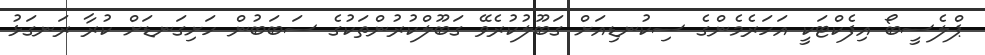
ޕްލެސީބޯ އިފެކްޓަކީ އަހަރެމެންގެ ސިކުނޑިއަށް ގަބޫލުކުރެވޭ ގަބޫލްކުރުންތަކުގެ ސަބަބުން ހަށިގަނޑަށް ކުރާ ރަނގަޅު